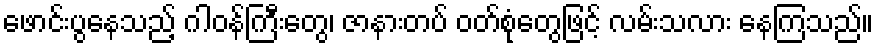
ဖောင်းပွနေသည့် ဂါဝန်ကြီးတွေ၊ ဇာနားတပ် ဝတ်စုံတွေဖြင့် လမ်းသလား နေကြသည်။